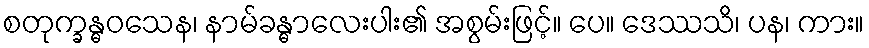
စတုက္ခန္ဓဝသေန၊ နာမ်ခန္ဓာလေးပါး၏ အစွမ်းဖြင့်။ ပေ။ ဒေဿသိ၊ ပန၊ ကား။